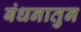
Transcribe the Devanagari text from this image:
बंधनातुन